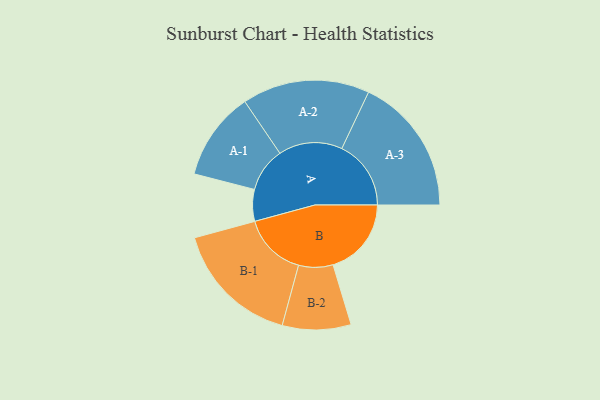
{"axis": {"x": "Segment", "y": "Value"}, "legend": ["", "A", "B"], "data": [{"x": "A", "y": 111, "type": ""}, {"x": "B", "y": 274, "type": ""}, {"x": "A-1", "y": 155, "type": "A"}, {"x": "A-2", "y": 223, "type": "A"}, {"x": "A-3", "y": 242, "type": "A"}, {"x": "B-1", "y": 223, "type": "B"}, {"x": "B-2", "y": 120, "type": "B"}]}